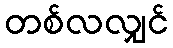
တစ်လလျှင်